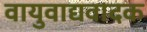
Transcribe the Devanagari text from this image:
वायुवाद्यवादक